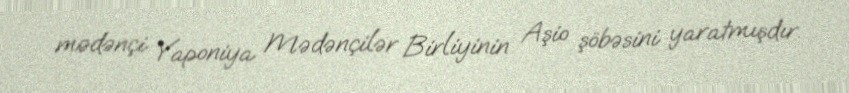
mədənçi Yaponiya Mədənçilər Birliyinin Aşio şöbəsini yaratmışdır.